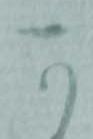
可